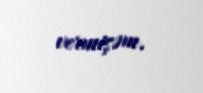
vermişəm.